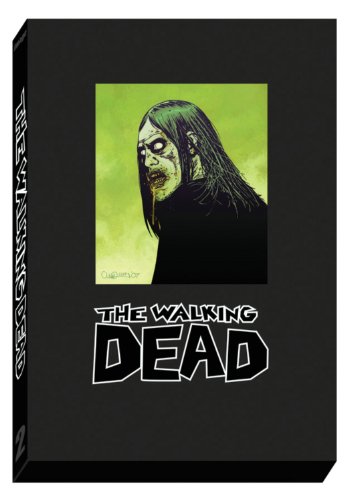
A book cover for The Walking Dead Omnibus Volume 2 HC (New Printing); Robert Kirkman; Comics & Graphic Novels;